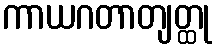
ကာယဂတာတျတ္ထု